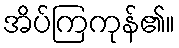
အိပ်ကြကုန်၏။